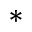
^ *